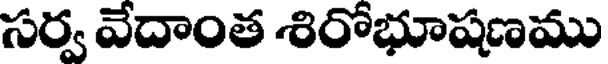
సర్వ వేదాంత శిరోభూషణము